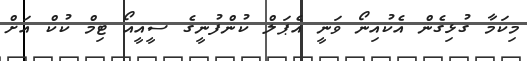
މިކަމާ ގުޅިގެން އެކުއިނޯ ވަނީ އެޕަލް ކުންފުނީގެ ސީއީއޯ ޓިމް ކުކް އަށް